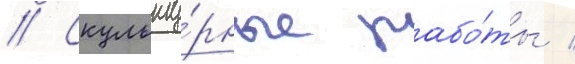
// Скульпту́рные рабо́ты /